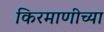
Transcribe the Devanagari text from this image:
किरमाणीच्या